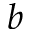
b